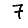
Digit: 7